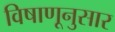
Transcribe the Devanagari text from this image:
विषाणूनुसार